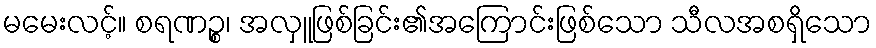
မမေးလင့်။ စရဏဉ္စ၊ အလှူဖြစ်ခြင်း၏အကြောင်းဖြစ်သော သီလအစရှိသော